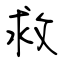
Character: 救